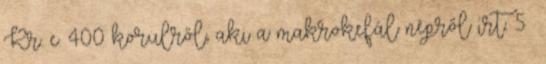
Kr. e. 400 körülről, aki a makrokefál népről írt. 5